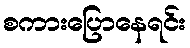
စကားပြောနေရင်း